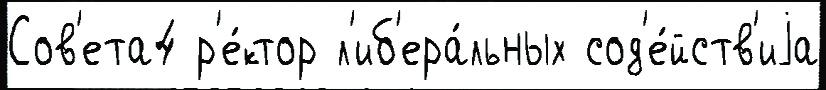
Сов'ета4 р'е́ктор л'иб'ера́льных сод'е́йств'иjа